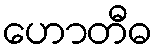
ဟောတီဓ